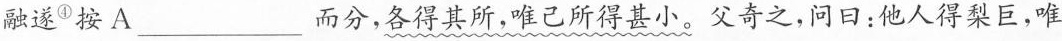
融遂^{④}按A___而分，各得其所，唯己所得甚小。父奇之，问日：他人得梨巨，唯